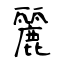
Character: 麗